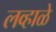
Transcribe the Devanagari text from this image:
लव्हाळे